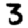
Digit: 3